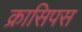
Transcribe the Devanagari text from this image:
क्रासिपस